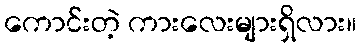
ကောင်းတဲ့ ကားလေးများရှိလား။